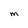
Character: M